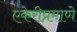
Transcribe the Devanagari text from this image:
एकेरीप्रमाणे